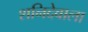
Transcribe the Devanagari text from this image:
शनिदेवाला